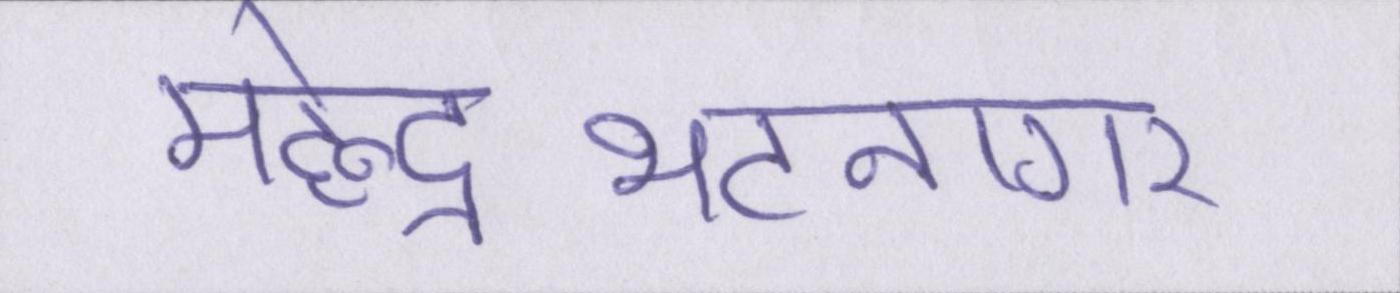
महेन्द्रभटनागर